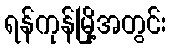
ရန်ကုန်မြို့အတွင်း